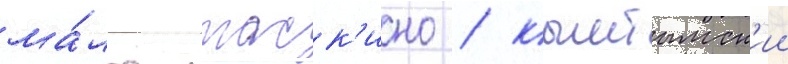
ма́лое таск'ино / кыштымск'ии